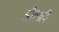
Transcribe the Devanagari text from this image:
डौलही